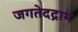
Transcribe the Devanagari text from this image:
जगतेदद्राम